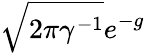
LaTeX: {\sqrt{2\pi\gamma^{-1}}}e^{-g}